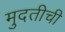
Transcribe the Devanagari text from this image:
मुदतीची